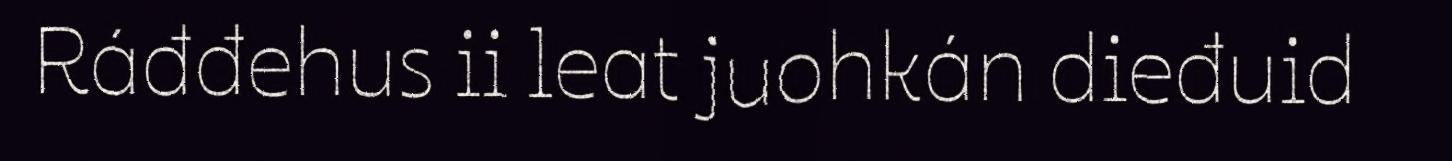
Ráđđehus ii leat juohkán dieđuid